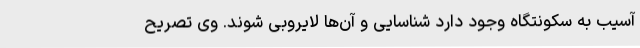
آسیب به سکونتگاه‌ وجود دارد شناسایی و آن‌ها لایروبی شوند. وی تصریح